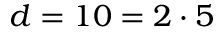
d = 1 0 = 2 \cdot 5